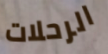
الرحلات